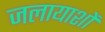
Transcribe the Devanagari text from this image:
जलायाशों